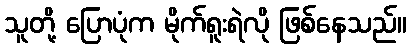
သူတို့ ပြောပုံက မိုက်ရူးရဲလို ဖြစ်နေသည်။